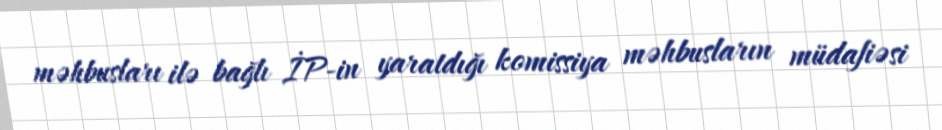
məhbusları ilə bağlı İP-in yaratdığı komissiya məhbusların müdafiəsi